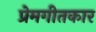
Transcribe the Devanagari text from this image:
प्रेमगीतकार